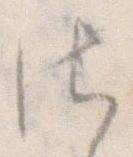
さ